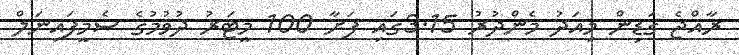
ރާއްޖެ ގަޑިން މިއަދު މެންދުރު 3.15ގައި ފަށާ 100 މީޓަރު ދުވުމުގެ ސެމީފައިނަލް